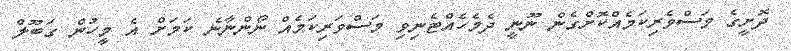
ދޮށީގެ މަސްވެރިކަމެއްކޮށްގެން ނޫނީ ދެމެހެއްޓެނިވި މަސްވަރިކަމެއް ނޯންނާނެ ކަމަށް އެ މީހުން ގަބޫލް